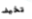
تخيف